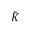
\tilde { K }